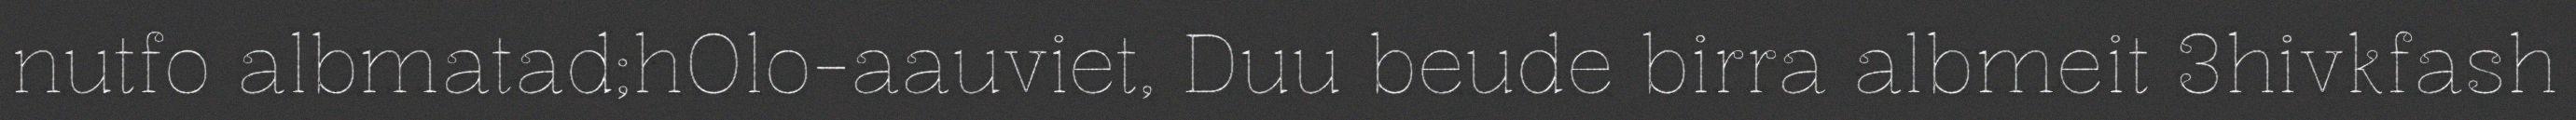
nutfo albmatad;hOlo-aauviet, Duu beude birra albmeit 3hivkfash